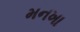
મનખા